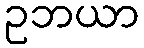
ဥဘယာ